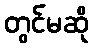
တွင်မဆို